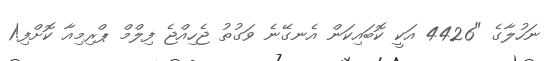
ނަހުލާގެ "4426 އަކީ ކޮބައިކަން އެނގޭނެ ވަގުތު ޖެހިއްޖެ ފިލްމް ޕްރިމިއާ ކޮށްފި!1